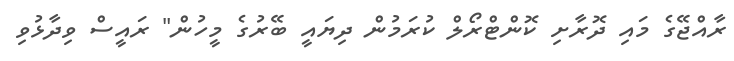
ރާއްޖޭގެ މައި ދޮރާށި ކޮންޓްރޯލް ކުރަމުން ދިޔައީ ބޭރުގެ މީހުން" ރައީސް ވިދާޅުވި